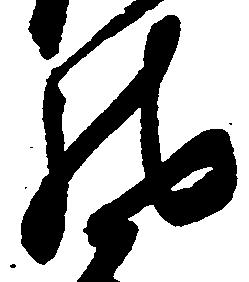
馳